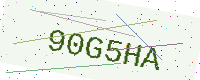
Text: 90G5HA